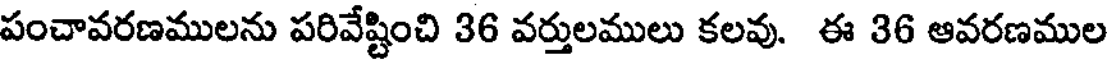
పంచావరణములను పరివేష్టించి 36 వర్తులములు కలవు. ఈ 36 ఆవరణముల